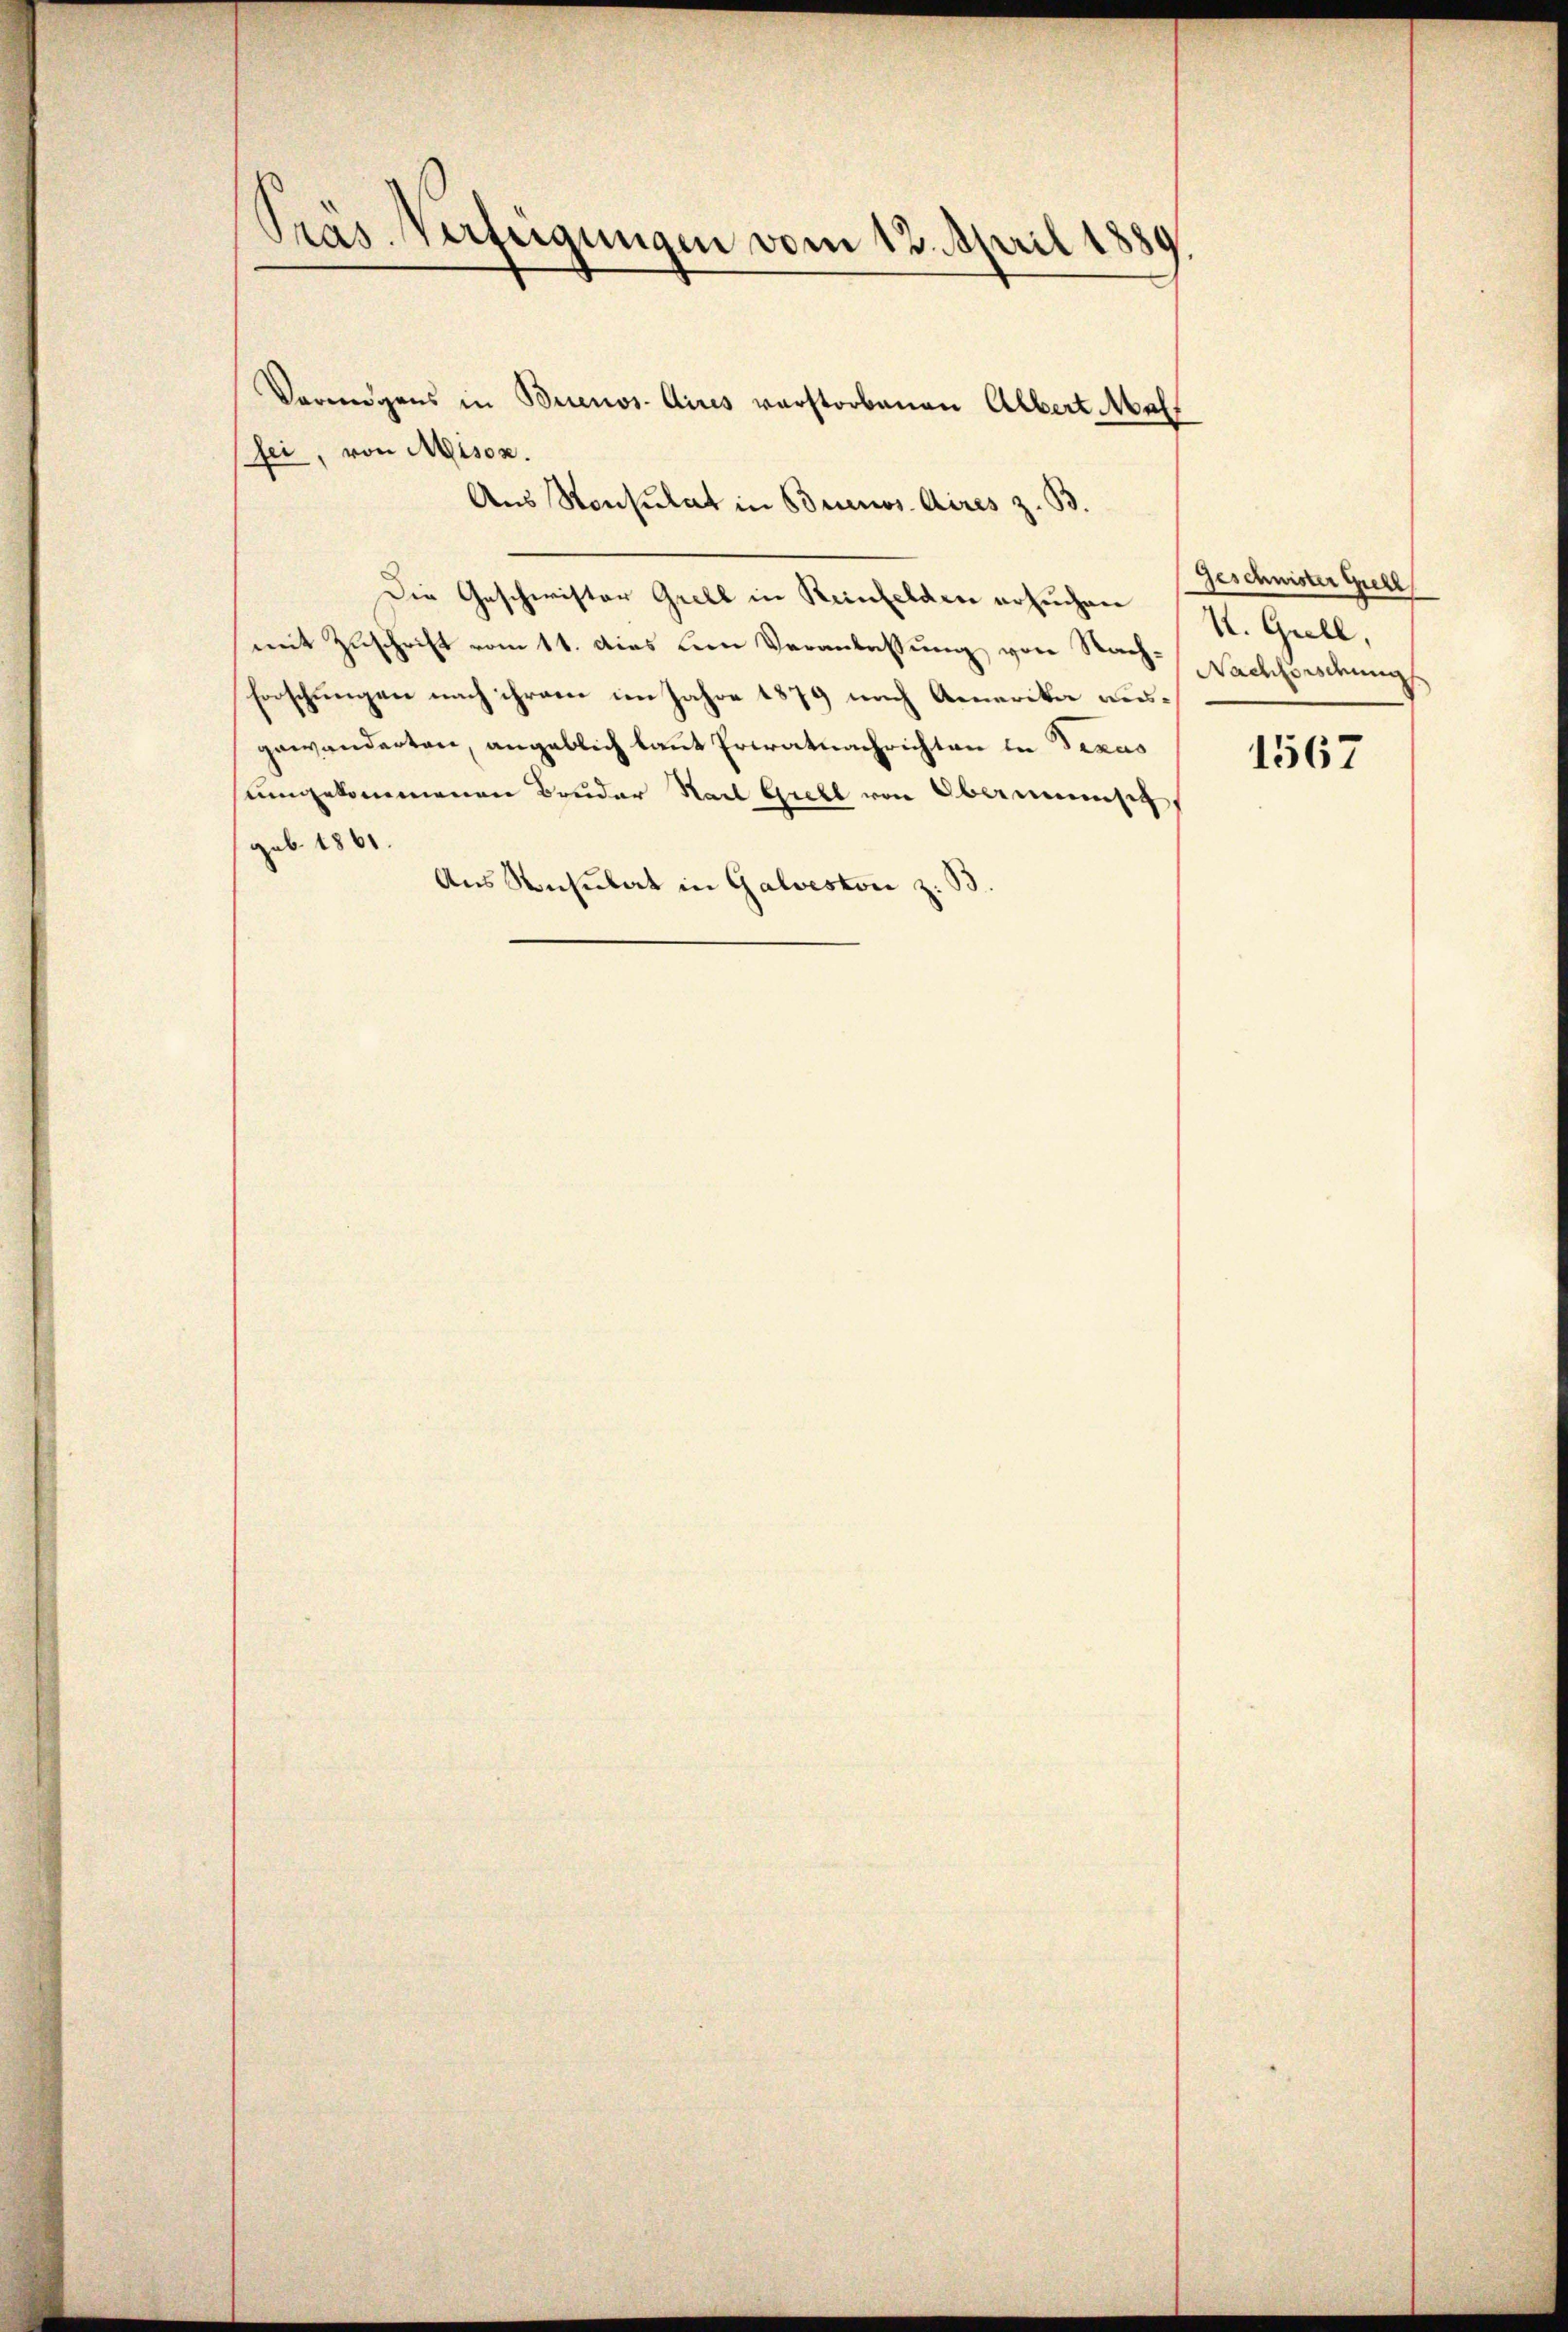
Präs. Verfügungen vom 12. April 1889.

fei, von Mison.
Aus Konsulat in Buenos Aires z. B.
Die Geschwister Grell in Reinfelden ersuchen
mit Zuschrift vom 11. dies um Veranlassung von Nach¬
Forschungen nach ihrem im Jahre 1879 nach Amerika ausgewanderten, angeblich laut Erwatnachrichten in Texas
umgekommenen Bruder Stadt Gretl von Oberminsich
geb. 1861.
Aus Konsulat in Galveston z. B.

Vermögens in Buenos-Aires verstorbenen Albert Mal

Geschnister Grell
K. Gull,
Nachbordung

1567